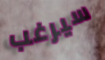
سيرغب